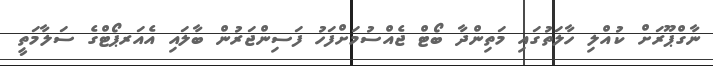
ނާގްޕޫރަށް ކުއްލި ހާލަތުގައި މަތިންދާ ބޯޓް ޖެއްސުމަށްފަހު ފަސިންޖަރުން ބާލައި އެއަރޕޯޓްގެ ސަލާމަތީ